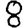
Digit: 8